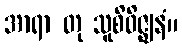
အာရာ တု သူစိဝိဇ္ဈနံ။